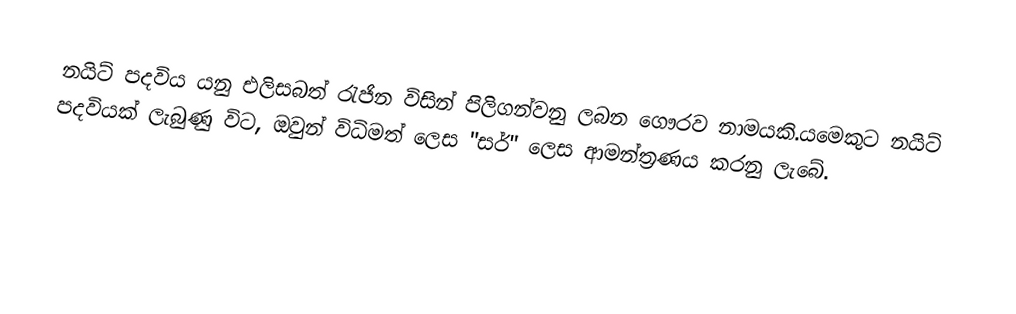
නයිට් පදවිය යනු එලිසබත් රැජින විසින් පිලිගන්වනු  ලබන ගෞරව නාමයකි.යමෙකුට නයිට් පදවියක් ලැබුණු විට, ඔවුන් විධිමත් ලෙස "සර්" ලෙස ආමන්ත්‍රණය කරනු ලැබේ.